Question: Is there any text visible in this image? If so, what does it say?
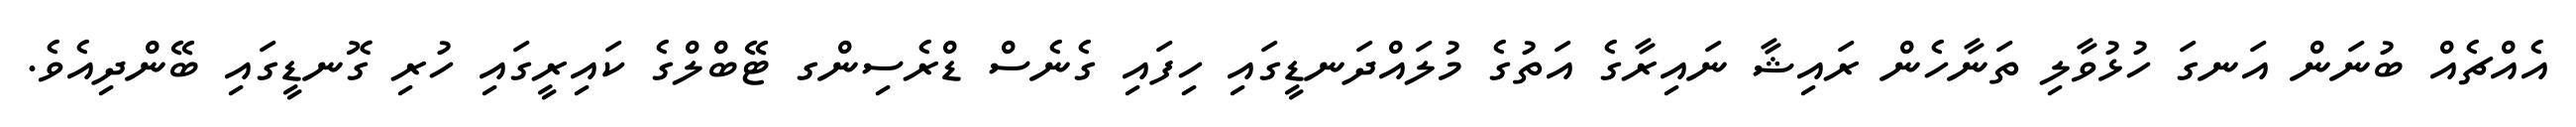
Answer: އެއްޗެއް ބުނަން އަނގަ ހުޅުވާލި ތަނާހެން ރައިޝާ ނައިރާގެ އަތުގެ މުލައްދަނޑީގައި ހިފައި ގެނެސް ޑްރެސިންގ ޓޭބްލްގެ ކައިރީގައި ހުރި ގޮނޑީގައި ބޭންދިއެވެ.